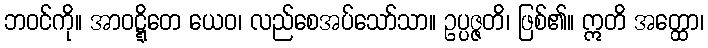
ဘဝင်ကို။ အာဝဋ္ဋိတေ ယေဝ၊ လည်စေအပ်သော်သာ။ ဥပ္ပဇ္ဇတိ၊ ဖြစ်၏။ ဣတိ အတ္ထော၊